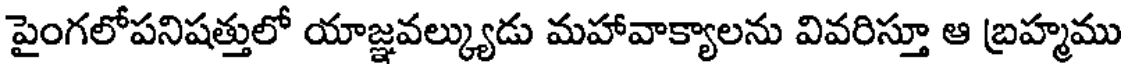
పైంగలోపనిషత్తులో యాజ్ఞవల్క్యుడు మహావాక్యాలను వివరిస్తూ ఆ బ్రహ్మము